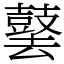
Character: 䵽